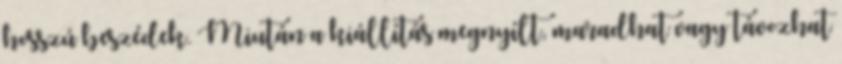
hosszú beszédek. Miután a kiállítás megnyílt, maradhat vagy távozhat